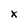
Character: x